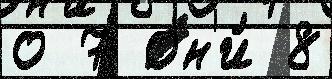
о 7 он'и́ 8